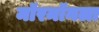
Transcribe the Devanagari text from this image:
मॉरमॉनला